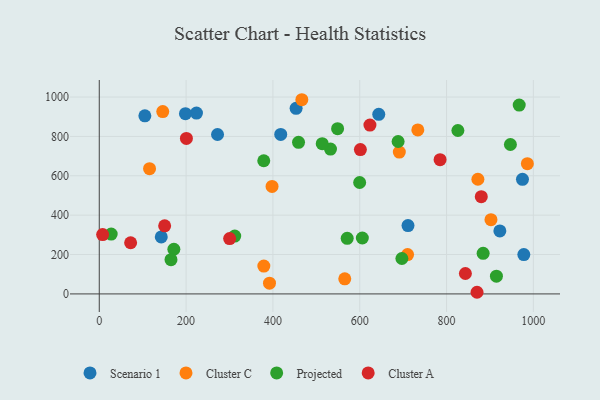
{"axis": {"x": "Ad Spend", "y": "Yield"}, "legend": ["Cluster A", "Cluster C", "Projected", "Scenario 1"], "data": [{"x": "223.9", "y": 918.5, "type": "Scenario 1"}, {"x": "142.8", "y": 289.4, "type": "Scenario 1"}, {"x": "198.5", "y": 915.3, "type": "Scenario 1"}, {"x": "418.0", "y": 810.0, "type": "Scenario 1"}, {"x": "453.4", "y": 942.7, "type": "Scenario 1"}, {"x": "711.2", "y": 346.9, "type": "Scenario 1"}, {"x": "974.9", "y": 582.1, "type": "Scenario 1"}, {"x": "643.8", "y": 912.1, "type": "Scenario 1"}, {"x": "272.4", "y": 809.6, "type": "Scenario 1"}, {"x": "978.0", "y": 199.9, "type": "Scenario 1"}, {"x": "105.0", "y": 904.5, "type": "Scenario 1"}, {"x": "922.8", "y": 319.9, "type": "Scenario 1"}, {"x": "565.5", "y": 76.4, "type": "Cluster C"}, {"x": "902.3", "y": 376.8, "type": "Cluster C"}, {"x": "379.1", "y": 141.3, "type": "Cluster C"}, {"x": "466.6", "y": 986.3, "type": "Cluster C"}, {"x": "392.1", "y": 54.4, "type": "Cluster C"}, {"x": "115.8", "y": 635.9, "type": "Cluster C"}, {"x": "986.2", "y": 661.7, "type": "Cluster C"}, {"x": "691.2", "y": 720.2, "type": "Cluster C"}, {"x": "710.2", "y": 200.0, "type": "Cluster C"}, {"x": "146.2", "y": 926.3, "type": "Cluster C"}, {"x": "398.0", "y": 546.0, "type": "Cluster C"}, {"x": "733.8", "y": 833.0, "type": "Cluster C"}, {"x": "872.2", "y": 582.4, "type": "Cluster C"}, {"x": "947.1", "y": 758.8, "type": "Projected"}, {"x": "532.6", "y": 735.6, "type": "Projected"}, {"x": "697.1", "y": 179.8, "type": "Projected"}, {"x": "171.8", "y": 226.9, "type": "Projected"}, {"x": "599.8", "y": 565.9, "type": "Projected"}, {"x": "165.2", "y": 173.8, "type": "Projected"}, {"x": "513.6", "y": 763.0, "type": "Projected"}, {"x": "571.1", "y": 282.5, "type": "Projected"}, {"x": "549.0", "y": 839.5, "type": "Projected"}, {"x": "378.9", "y": 676.3, "type": "Projected"}, {"x": "27.4", "y": 303.9, "type": "Projected"}, {"x": "884.3", "y": 206.1, "type": "Projected"}, {"x": "967.4", "y": 958.9, "type": "Projected"}, {"x": "826.1", "y": 830.1, "type": "Projected"}, {"x": "914.9", "y": 90.1, "type": "Projected"}, {"x": "459.0", "y": 770.0, "type": "Projected"}, {"x": "312.0", "y": 293.9, "type": "Projected"}, {"x": "688.4", "y": 774.1, "type": "Projected"}, {"x": "606.0", "y": 284.0, "type": "Projected"}, {"x": "843.4", "y": 103.7, "type": "Cluster A"}, {"x": "601.5", "y": 733.2, "type": "Cluster A"}, {"x": "150.6", "y": 345.9, "type": "Cluster A"}, {"x": "7.7", "y": 301.6, "type": "Cluster A"}, {"x": "200.7", "y": 789.9, "type": "Cluster A"}, {"x": "870.2", "y": 8.3, "type": "Cluster A"}, {"x": "623.5", "y": 857.3, "type": "Cluster A"}, {"x": "300.3", "y": 281.0, "type": "Cluster A"}, {"x": "72.2", "y": 259.8, "type": "Cluster A"}, {"x": "880.0", "y": 494.0, "type": "Cluster A"}, {"x": "785.1", "y": 681.8, "type": "Cluster A"}]}